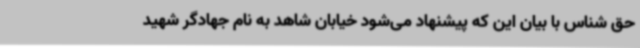
حق شناس با بیان این که پیشنهاد می‌شود خیابان شاهد به نام جهادگر شهید